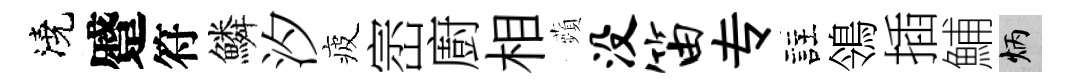
澆蹙符鱗汐疲崈廚相蘋没笛专註鴒插鯆炳